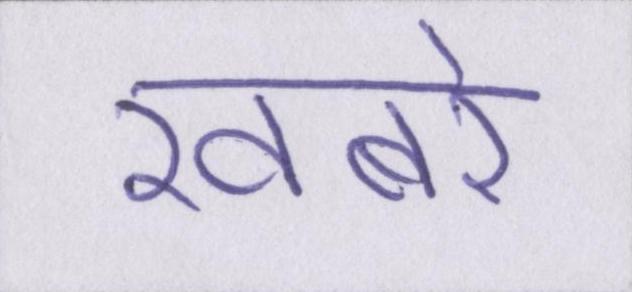
खबरे